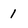
Character: I